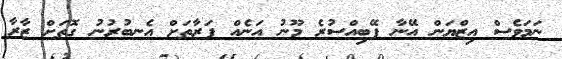
ނަމަވެސް އިޒްޔަން އޭނާ ފޭބިއްސުރެ މޫނު އަނެއް ފަރާތަށް އެނބުރުނު ގޮތަށް ޒާރާ